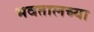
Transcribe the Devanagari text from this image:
भवतालच्या